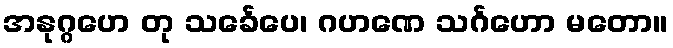
အနုဂ္ဂဟေ တု သင်္ခေပေ၊ ဂဟဏေ သင်္ဂဟော မတော။